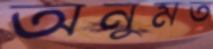
অনুমত